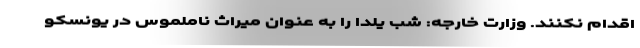
اقدام نکنند. وزارت خارجه: شب یلدا را به عنوان میراث ناملموس در یونسکو